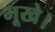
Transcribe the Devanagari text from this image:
भूखे।